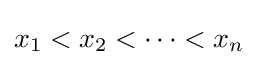
x_{1}<x_{2}<\cdots <x_{n}